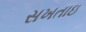
સખતાઇ